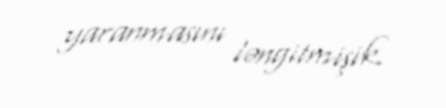
yaranmasını ləngitmişik.